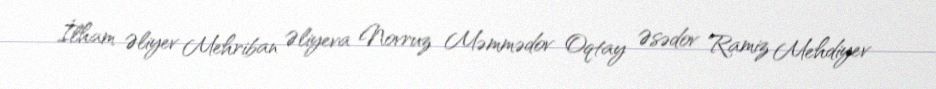
İlham Əliyev Mehriban Əliyeva Novruz Məmmədov Oqtay Əsədov Ramiz Mehdiyev